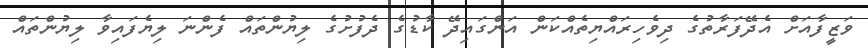
ވަޒީފާއަށް އެދޭފަރާތުގެ ދިވެހިރައްޔިތެއްކަން އަންގައިދޭ ކާޑުގެ ދެފުށުގެ ލިޔުންތައް ފެންނަ ލިޔެފައިވާ ލިޔުންތައް